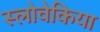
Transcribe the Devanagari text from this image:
स्लोवेकिया